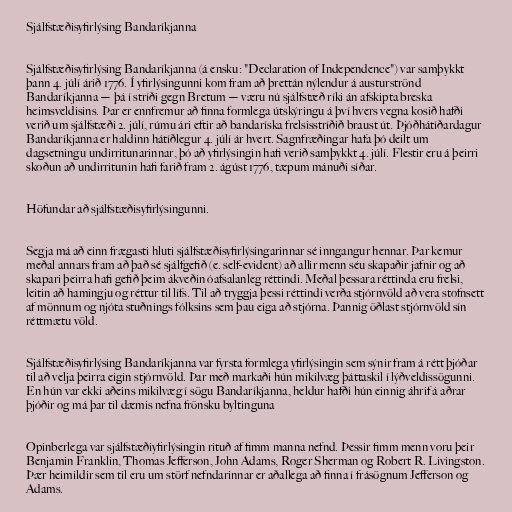
Sjálfstæðisyfirlýsing Bandaríkjanna

Sjálfstæðisyfirlýsing Bandaríkjanna (á ensku: "Declaration of Independence") var samþykkt
þann 4. júlí árið 1776. Í yfirlýsingunni kom fram að þrettán nýlendur á austurströnd
Bandaríkjanna — þá í stríði gegn Bretum — væru nú sjálfstæð ríki án afskipta breska
heimsveldisins. Þar er ennfremur að finna formlega útskýringu á því hvers vegna kosið hafði
verið um sjálfstæði 2. júlí, rúmu ári eftir að bandaríska frelsisstríðið braust út. Þjóðhátíðardagur
Bandaríkjanna er haldinn hátíðlegur 4. júlí ár hvert. Sagnfræðingar hafa þó deilt um
dagsetningu undirritunarinnar, þó að yfirlýsingin hafi verið samþykkt 4. júlí. Flestir eru á þeirri
skoðun að undirritunin hafi farið fram 2. ágúst 1776, tæpum mánuði síðar.

Höfundar að sjálfstæðisyfirlýsingunni.

Segja má að einn frægasti hluti sjálfstæðisyfirlýsingarinnar sé inngangur hennar. Þar kemur
meðal annars fram að það sé sjálfgefið (e. self-evident) að allir menn séu skapaðir jafnir og að
skapari þeirra hafi gefið þeim ákveðin óafsalanleg réttindi. Meðal þessara réttinda eru frelsi,
leitin að hamingju og réttur til lífs. Til að tryggja þessi réttindi verða stjórnvöld að vera stofnsett
af mönnum og njóta stuðnings fólksins sem þau eiga að stjórna. Þannig öðlast stjórnvöld sín
réttmætu völd.

Sjálfstæðisyfirlýsing Bandaríkjanna var fyrsta formlega yfirlýsingin sem sýnir fram á rétt þjóðar
til að velja þeirra eigin stjórnvöld. Þar með markaði hún mikilvæg þáttaskil í lýðveldissögunni.
En hún var ekki aðeins mikilvæg í sögu Bandaríkjanna, heldur hafði hún einnig áhrif á aðrar
þjóðir og má þar til dæmis nefna frönsku byltinguna

Opinberlega var sjálfstæðiyfirlýsingin rituð af fimm manna nefnd. Þessir fimm menn voru þeir
Benjamin Franklin, Thomas Jefferson, John Adams, Roger Sherman og Robert R. Livingston.
Þær heimildir sem til eru um störf nefndarinnar er aðallega að finna í frásögnum Jefferson og
Adams.